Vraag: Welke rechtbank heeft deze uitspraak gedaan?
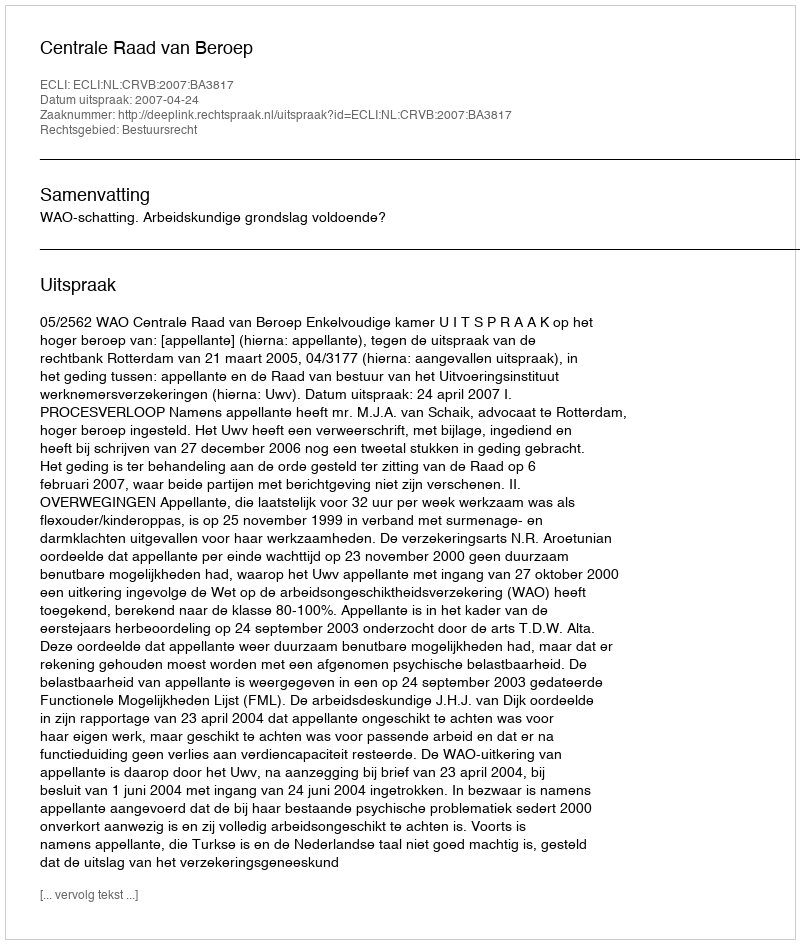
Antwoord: Centrale Raad van Beroep